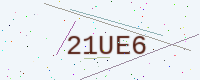
Text: 21UE6